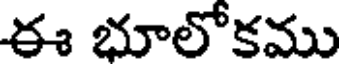
ఈ భూలోకము